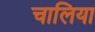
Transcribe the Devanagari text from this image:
चालिया